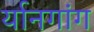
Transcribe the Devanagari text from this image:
र्यानगांग